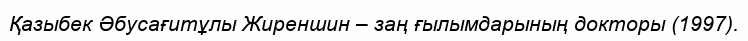
Қазыбек Әбусағитұлы Жиреншин – заң ғылымдарының докторы (1997).